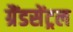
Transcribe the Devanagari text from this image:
ग्रैंडसेंट्रल